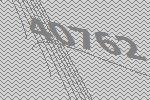
40762